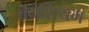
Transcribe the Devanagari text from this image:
बेनेशियम